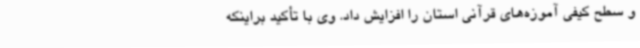
و سطح کیفی آموزه‌های قرآنی استان را افزایش داد. وی با تأکید براینکه